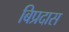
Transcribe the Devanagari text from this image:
बिप्रदास